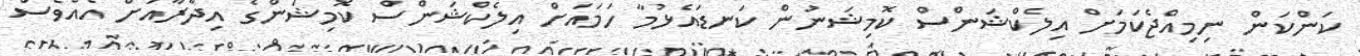
ކަންކަން ނިމިއްޖެކަމަށް އިލެކްޝަންސް ކޮމިޝަނުން ކަނޑައެޅުމާ ހަމައަށް އިލެކްޝަންސް ކޮމިޝަންގެ އިދާރާއަށް އެއްވެސް